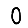
Digit: 0